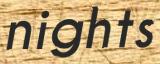
nights